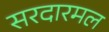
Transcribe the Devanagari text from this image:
सरदारमल